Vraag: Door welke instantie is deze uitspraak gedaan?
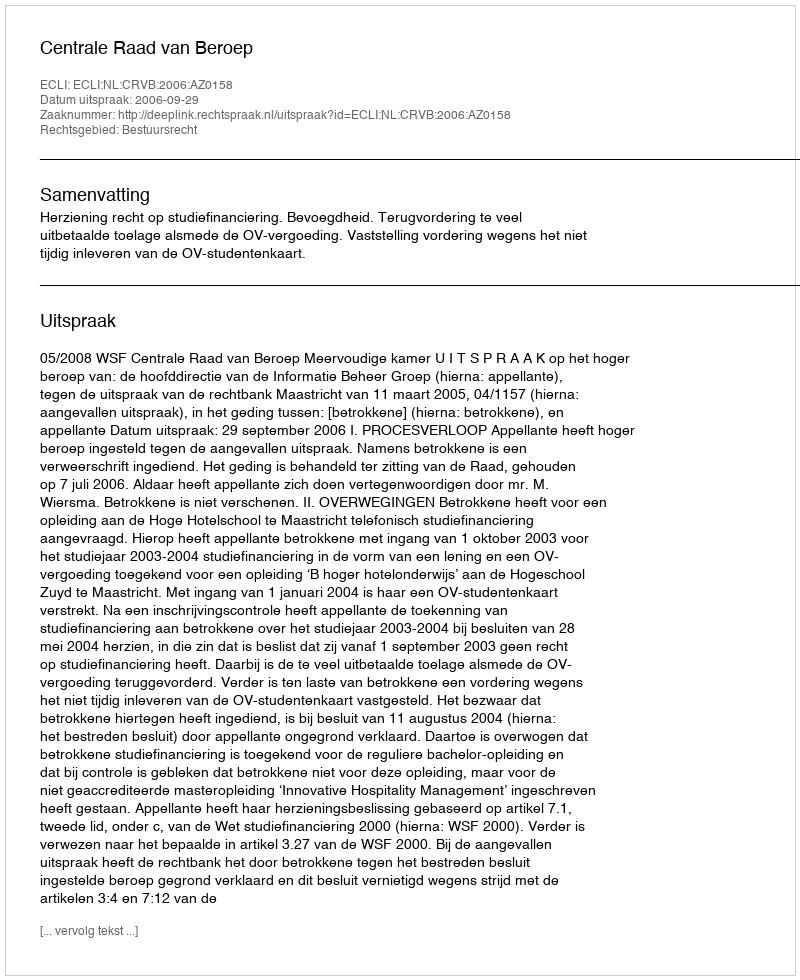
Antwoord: Centrale Raad van Beroep